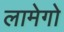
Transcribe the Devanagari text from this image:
लामेगो